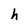
Character: h